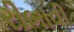
રીબાવી